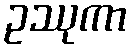
ဥဿုကာ